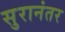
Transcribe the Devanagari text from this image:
सुरानंतर